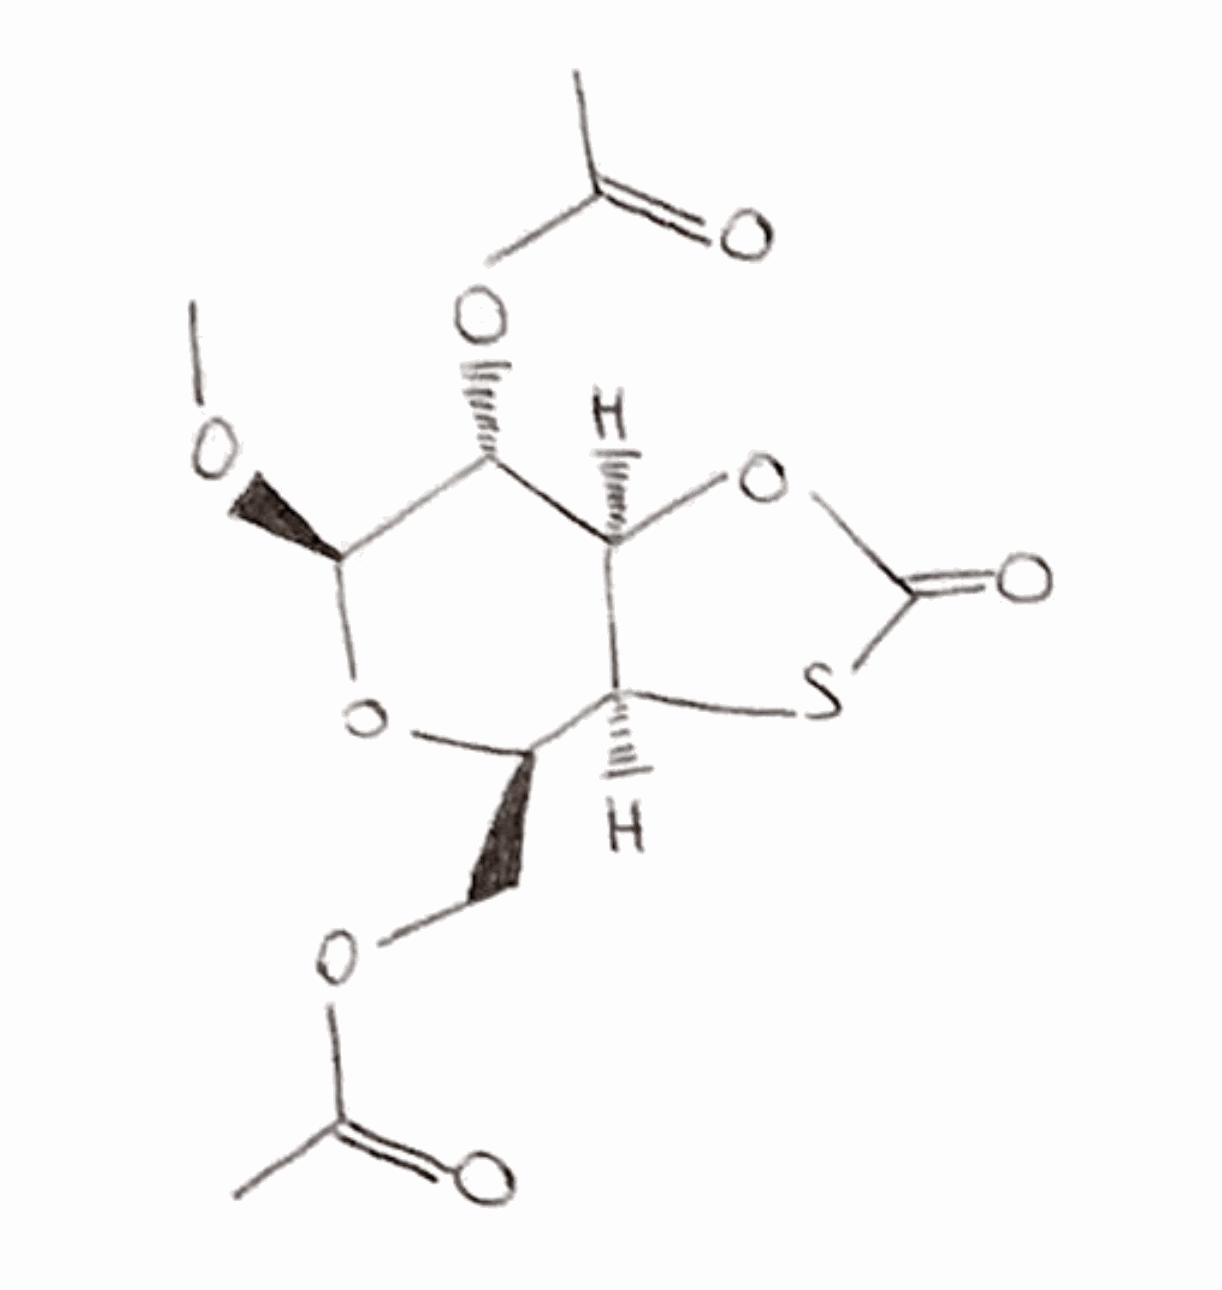
Simplified molecular-input line-entry system (SMILES) notation of the given molecule:
CC(=O)OC[C@@H]1[C@H]2[C@@H]([C@H]([C@@H](O1)OC)OC(=O)C)OC(=O)S2